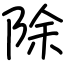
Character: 除